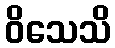
ဝိသေသိ